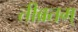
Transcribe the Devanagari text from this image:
तीब्रतम्